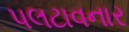
પલટાવનાર